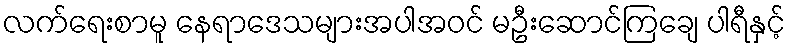
လက်ရေးစာမူ နေရာဒေသများအပါအဝင် မဦးဆောင်ကြချေ ပါရီနှင့်